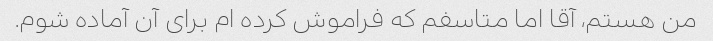
من هستم، آقا اما متاسفم که فراموش کرده ام برای آن آماده شوم.